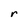
Character: r